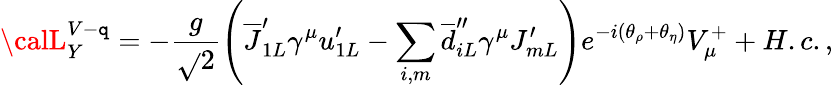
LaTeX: {\calL}_{Y}^{V-\mathtt{q}}=-\frac{g}{{\sqrt{}{{2}}}}\left(\overline{{{{J}}}}_{1L}^{\prime}\gamma^{\mu}u_{1L}^{\prime}-\sum_{i,m}\overline{{{{d}}}}_{iL}^{\prime\prime}\gamma^{\mu}J_{mL}^{\prime}\right)e^{-i(\theta_{\rho}+\theta_{\eta})}V_{\mu}^{+}+H.c.,